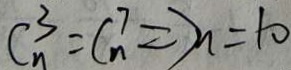
C _ { n } ^ { 3 } = C _ { n } ^ { 7 } \Rightarrow n = 1 0